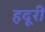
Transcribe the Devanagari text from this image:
हदूरी